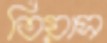
তিয়াস